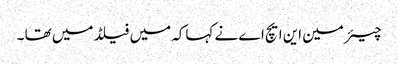
چیئر مین این ایچ اے نے کہاکہ میں فیلڈ میں تھا ۔